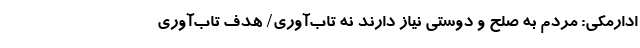
ادارمکی: مردم به صلح و دوستی نیاز دارند نه تاب‌آوری/ هدف تاب‌آوری